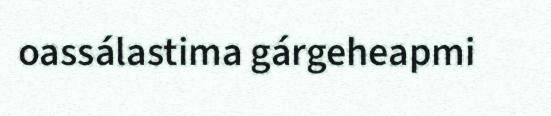
oassálastima gárgeheapmi